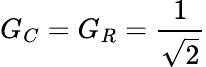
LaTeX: G_{C}=G_{R}={\frac{1}{\sqrt{2}}}